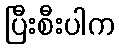
ပြီးစီးပါက